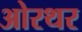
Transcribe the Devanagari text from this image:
ओरथर